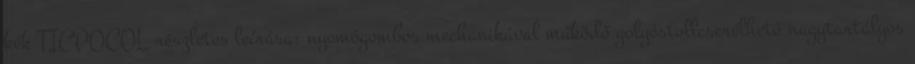
kék TICPOCOL részletes leírása: nyomógombos mechanikával működő golyóstollcserélhető nagytartályos